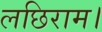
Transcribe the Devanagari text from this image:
लछिराम।